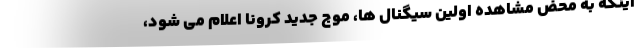
اینکه به محض مشاهده اولین سیگنال ها، موج جدید کرونا اعلام می شود،